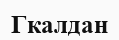
Гкалдан